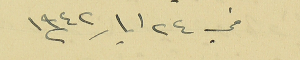
في ٢٤ ايار ١٩٤٢